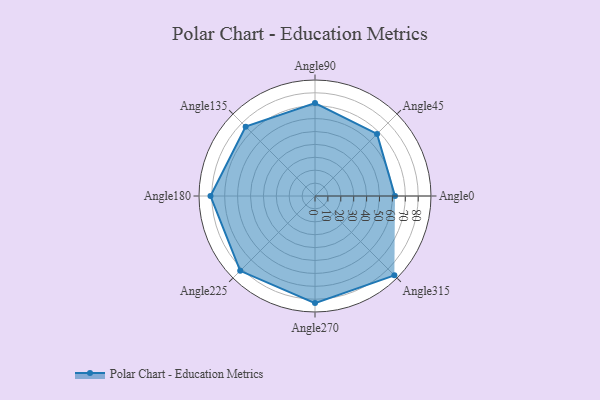
{"axis": {"x": "Angle", "y": "Radius"}, "legend": [""], "data": [{"x": "Angle0", "y": 62.0, "type": ""}, {"x": "Angle45", "y": 68.0, "type": ""}, {"x": "Angle90", "y": 72.0, "type": ""}, {"x": "Angle135", "y": 76.0, "type": ""}, {"x": "Angle180", "y": 81.0, "type": ""}, {"x": "Angle225", "y": 82.0, "type": ""}, {"x": "Angle270", "y": 83.0, "type": ""}, {"x": "Angle315", "y": 87.0, "type": ""}]}